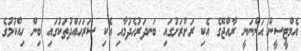
އެމްޓީސީން އަންނަނީ ރާއްޖޭގެ އެކި ރަށްރަށުގައި ބަނދަރުހެދުމާއި އެކި ސަރަހައްދުތަކުގައި ބިން ހިއްކުމުގެ